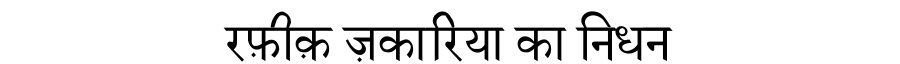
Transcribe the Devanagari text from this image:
रफ़ीक़ ज़कारिया का निधन